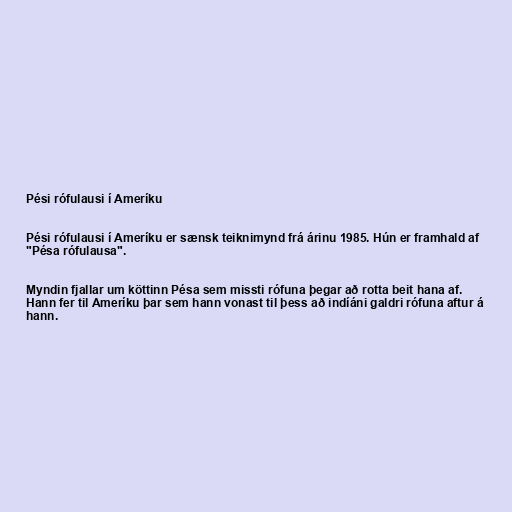
Pési rófulausi í Ameríku

Pési rófulausi í Ameríku er sænsk teiknimynd frá árinu 1985. Hún er framhald af
"Pésa rófulausa".

Myndin fjallar um köttinn Pésa sem missti rófuna þegar að rotta beit hana af.
Hann fer til Ameríku þar sem hann vonast til þess að indíáni galdri rófuna aftur á
hann.